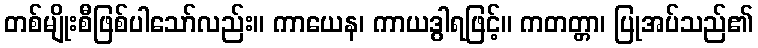
တစ်မျိုးစီဖြစ်ပါသော်လည်း။ ကာယေန၊ ကာယဒွါရဖြင့်။ ကတတ္တာ၊ ပြုအပ်သည်၏